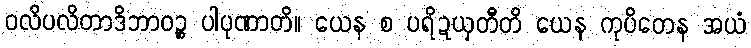
ဝလိပလိတာဒိဘာဝဉ္စ ပါပုဏာတိ။ ယေန စ ပရိဍယှတီတိ ယေန ကုပိတေန အယံ